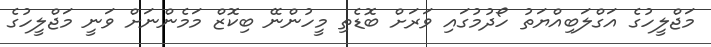
މަޖްލީހުގެ އަގްލަބިއްޔަތު ހޯދުުމުގައި ވަރަށް ބޮޑެތި މީހުންނޭ ބިކޮޒް މަމެންނަށް ވަނީ މަޖްލީހުގެ